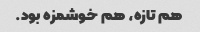
هم تازه، هم خوشمزه بود.